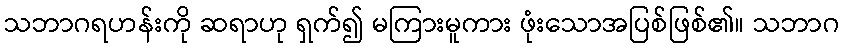
သဘာဂရဟန်းကို ဆရာဟု ရှက်၍ မကြားမူကား ဖုံးသောအပြစ်ဖြစ်၏။ သဘာဂ